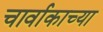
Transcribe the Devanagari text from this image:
चार्वाकाच्या